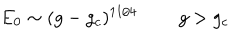
E _ { 0 } \sim ( g - g _ { c } ) ^ { 1 1 / 4 } \; \; g > g _ { c }